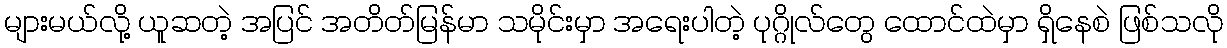
များမယ်လို့ ယူဆတဲ့ အပြင် အတိတ်မြန်မာ သမိုင်းမှာ အရေးပါတဲ့ ပုဂ္ဂိုလ်တွေ ထောင်ထဲမှာ ရှိနေစဲ ဖြစ်သလို